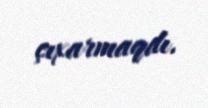
çıxarmaqdı.